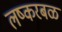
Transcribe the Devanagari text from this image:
लष्करबळ